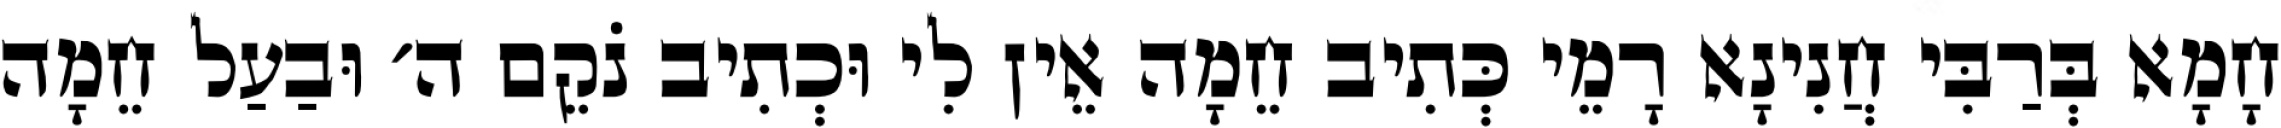
חָמָא בְּרַבִּי חֲנִינָא רָמֵי כְּתִיב חֵמָה אֵין לִי וּכְתִיב נֹקֵם ה׳ וּבַעַל חֵמָה